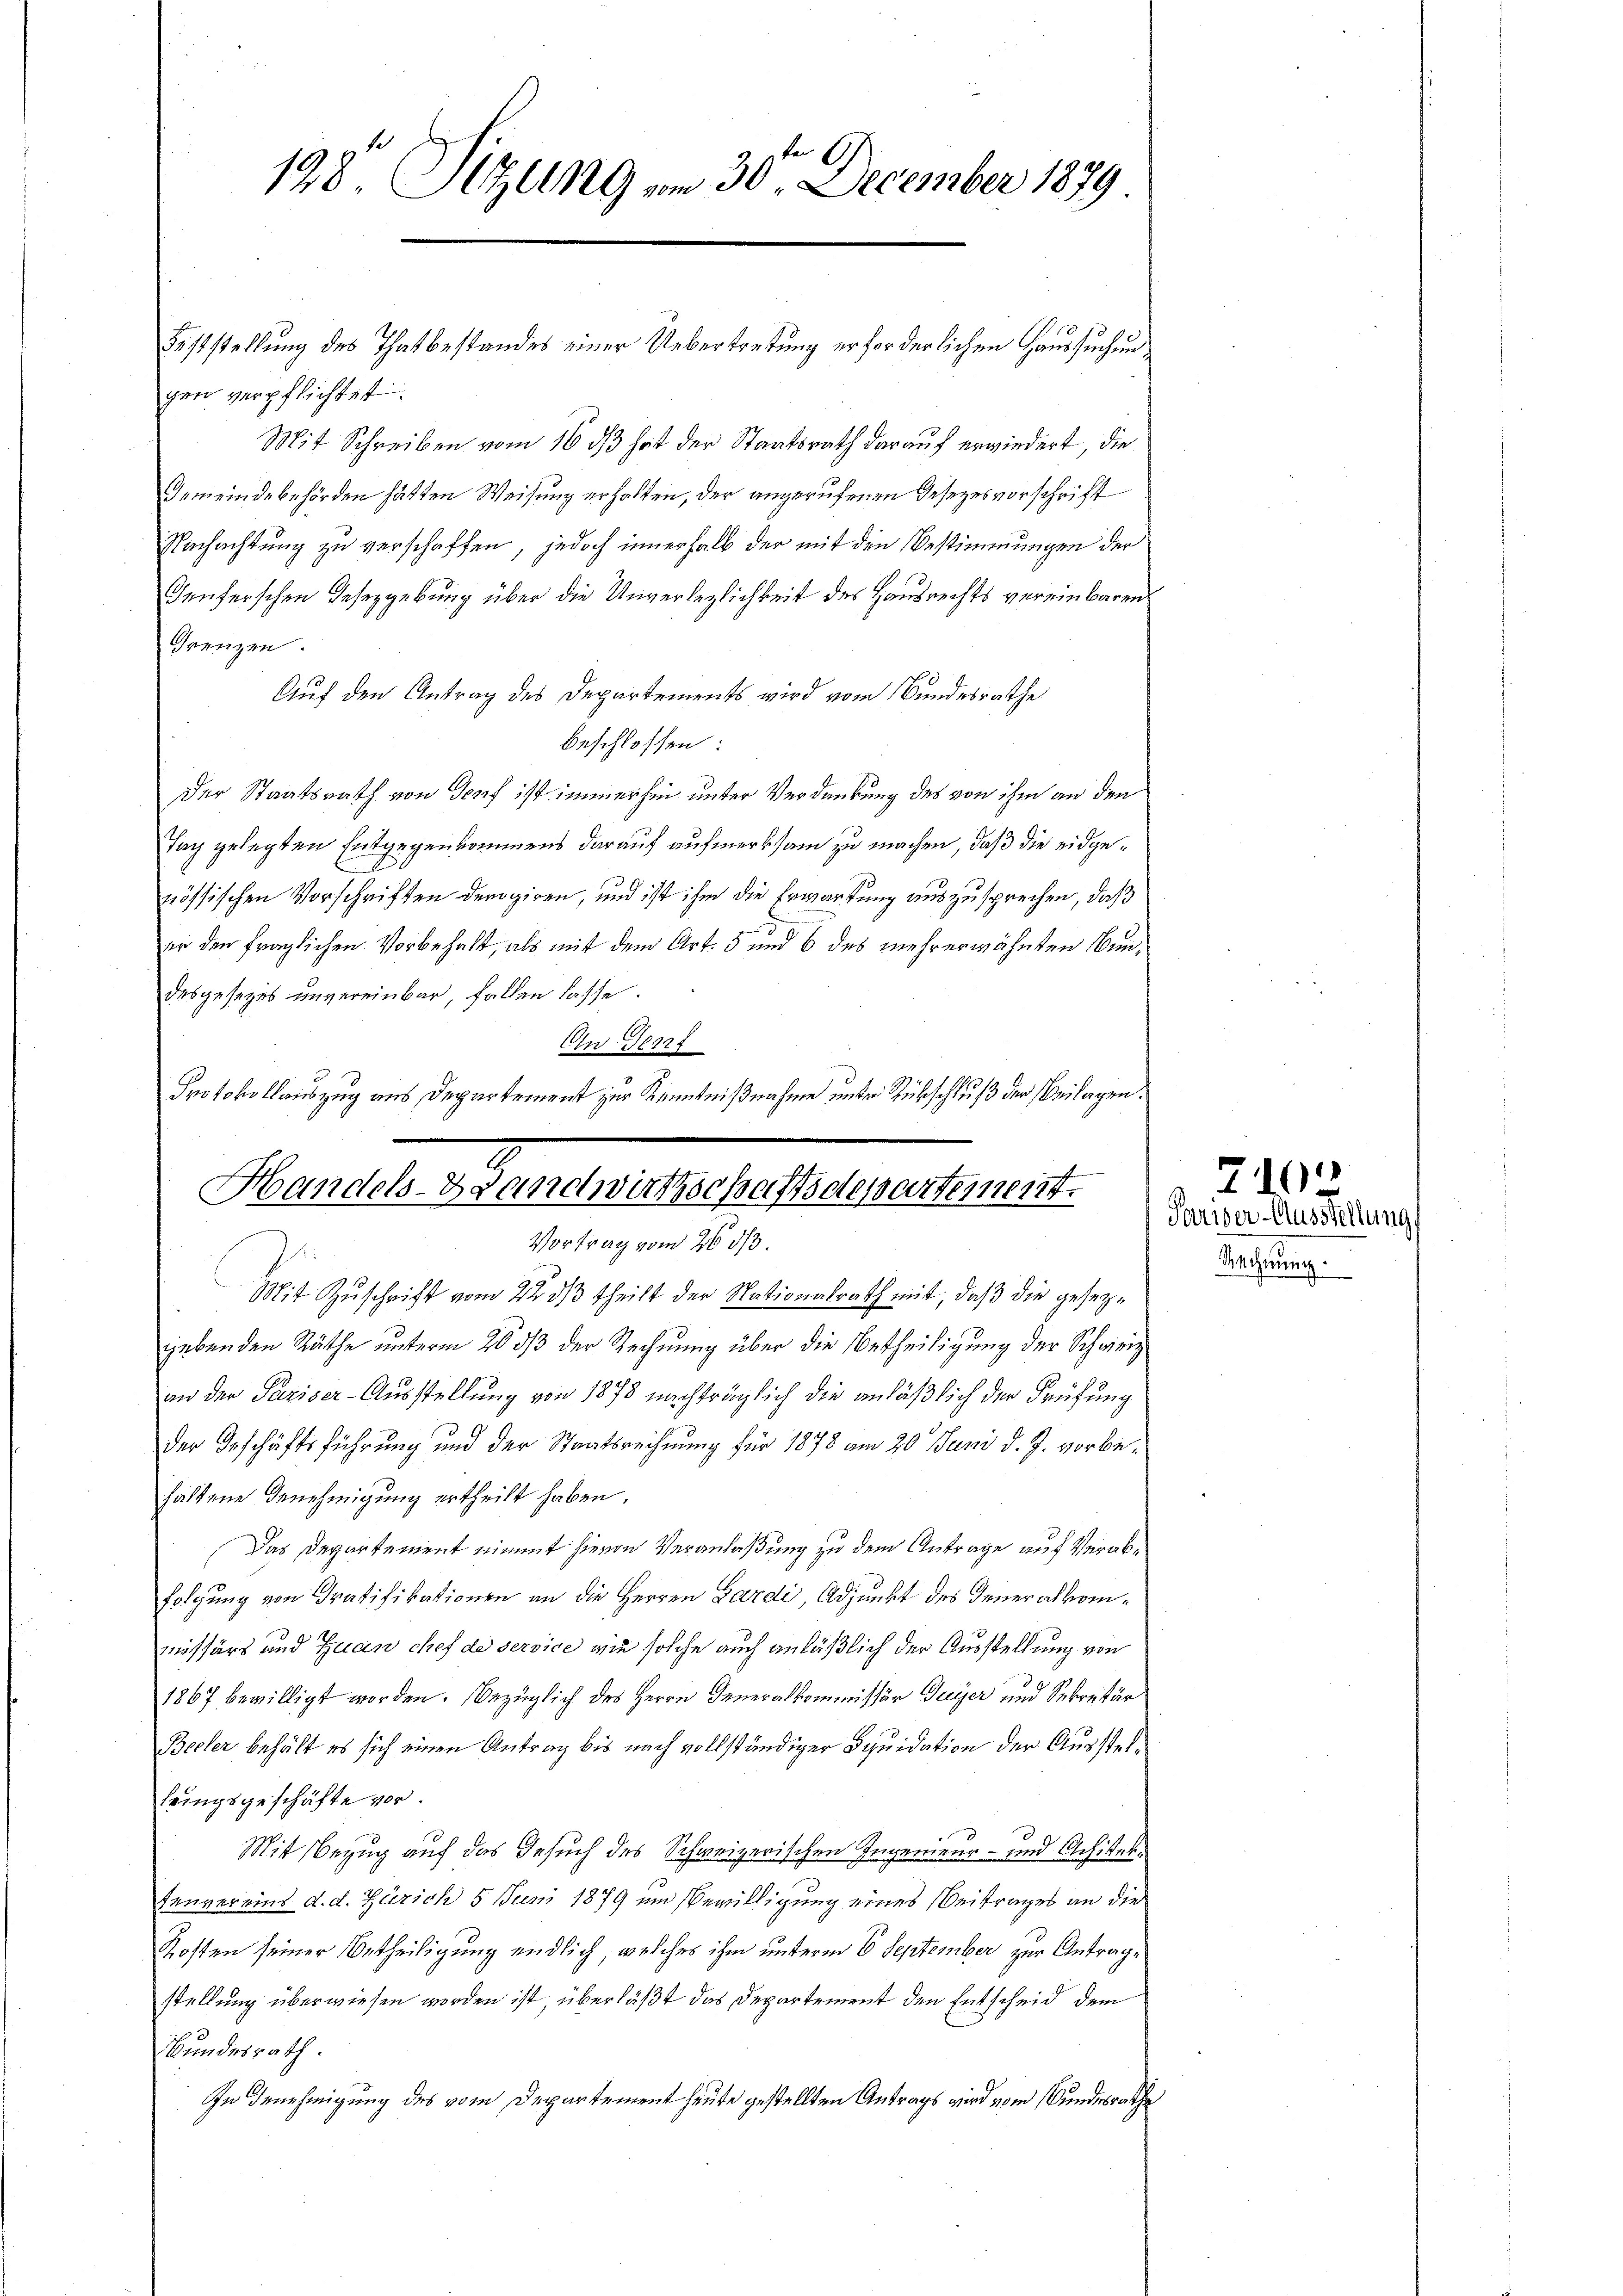
A
128. Seling vom 30. December 1879

Feststellung des Thatbestandes einer Uebertretung erforderlichen Haussuchungen verpflichtet.
Mit Schreiben vom 16. ds hat der Staatsrath darauf erwiedert, die
Gemeindebehörden hätten Weisung erhalten, der angerufenen Gesezesvorschrift
Nachachtung zu verschaffen, jedoch innerhalb der mit den Bestimmungen der
Teuferschen Gesezgebung über die Unverlezlichkeit des Hausrechts vereinbaren
Grenzen.
Auf den Antrag des Departements wird vom Bundesrathe
beschlossen:
Der Staatsrath von Genf ist immerhin unter Verdankung des von ihm an den
Tag gelegten Entgegenkommens darauf aufmerksam zu machen, daß die eidgenössischen Vorschriften derogiren, und ist ihm die Erwartung auszusprechen, daß
er den fraglichen Vorbehalt, als mit dem Art. 5 und 6 des mehrerwähnten Bundesgesetzes unvereinbar, fallen lasse.
Cn Terr
Protokollauszug aus Departement zur Kenntnißnahme unter Rückschluß der Beilagen.

Handels-Handwirtschaftsdepartement.
Vortrag vom 26. ds

Mit Zuschrift vom 22. dβ theilt der Nationalrath mit, daß die gesezgebenden Räthe unterm 20 dß der Rechnung über die Betheiligung der Schweiz
an der Pariser-Ausstellung von 1878 nachträglich die anläßlich der Prüfung
der Geschäftsführung und der Staatsrechnung für 1878 am 20. Juni d. J. vorbehaltene Benehmigung ertheilt haben.
Das Departement nimmt hievon Veranlaßung zu dem Antrage auf Verabfolgung von Gratifikationen an die Herren Gardi, Adjunkt des Generalkommissärs und Zuan chef de service, wie solche auch anläßlich der Ausstellung von
1867 bewilligt worden. Bezüglich des Herrn Generalkommissär Guyer und Sekretär
Beeler behält es sich einen Antrag bis nach vollständiger Deuidation der Ausstelfungsgeschäfte vor.
Mit Bezug auf das Gesuch des Schweizerischen Ingenieur- und Achitek¬
Tanvereins d. d. Zürich 5 Juni 1879 um Bewilligung eines Beitrages an die
Kosten seiner Urtheiligung endlich welches ihm unterm 6. September zur Antrage
stellung überwiesen worden ist, überläßt das Departement den Entscheid dem
Bundesrath.
In Benehmigung des vom Departement heute gestellten Antrags wird vom Bundesrathe

Pariser-Ausstellung.
Rechnung.

719